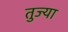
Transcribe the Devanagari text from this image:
तुज्या